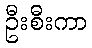
ဦးစီးကာ